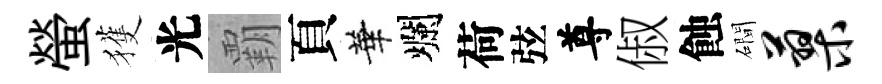
螢獲光覇頁華爛荷弦尊俶蝕磵蓼